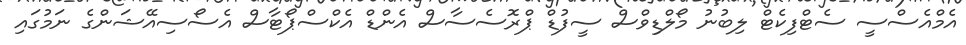
އެމްއެސްސީ ސެޓްފިކެޓް ލިބުނު މޯލްޑިވްސް ސީފުޑް ޕްރޮސެސާސް އެންޑް އެކްސްޕޯޓާސް އެސޯސިއޭޝަންގެ ނަމުގައި